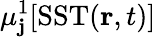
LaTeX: \mu_{\mathbf{j}}^{1}[\mathrm{{SST}}(\mathbf{{r}},t)]